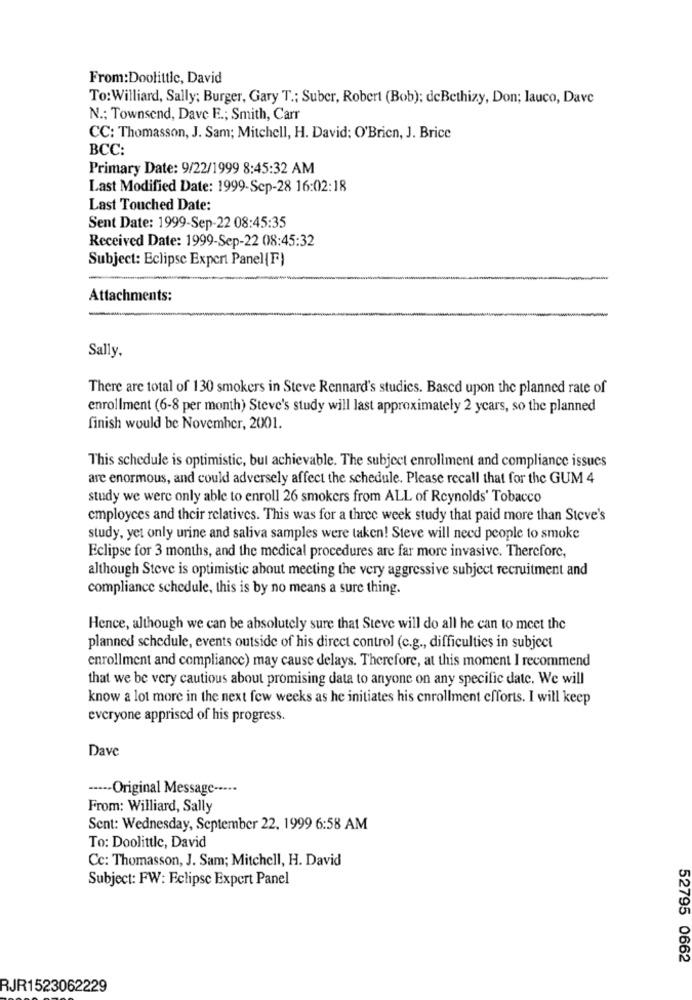
From:Doolittle, David
To: Williard, Sally; Burger, Gary T .; Suber, Robert (Bob): deBethizy, Don; lauco, Dave
N .; Townsend, Dave E .; Smith, Carr
CC: Thomasson, J. Sam; Mitchell, H. David: O'Brien, J. Brice
BCC:
Primary Date: 9/22/1999 8:45:32 AM
Last Modified Date: 1999-Sep-28 16:02:18
Last Touched Date:
Sent Date: 1999-Sep-22 08:45:35
Received Date: 1999-Sep-22 08:45:32
Subject: Eclipse Expert Panel (F)
Attachments:
Sally.
There are total of 130 smokers in Steve Rennard's studics. Based upon the planned rate of
enrollment (6-8 per month) Steve's study will last approximately 2 ycars, so the planned
finish would be November, 2001.
This schedule is optimistic, but achievable. The subject enrollment and compliance issues
are enormous, and could adversely affect the schedule. Please recall that for the GUM 4
study we were only able to enroll 26 smokers from ALL of Reynolds' Tobacco
employces and their relatives. This was for a three week study that paid more than Steve's
study, yet only urine and saliva samples were taken! Steve will need people to smoke
Eclipse for 3 months, and the medical procedures are far more invasive. Therefore,
although Steve is optimistic about meeting the very aggressive subject recruitment and
compliance schedule, this is by no means a sure thing.
Hence, although we can be absolutely sure that Steve will do all he can to meet the
planned schedule, events outside of his direct control (c.g ., difficulties in subject
enrollment and compliance) may cause delays. Therefore, at this moment I recommend
that we be very cautious about promising data to anyone on any specific date. We will
know a lot more in the next few weeks as he initiates his enrollment efforts. I will keep
everyone apprised of his progress.
Dave
----- Original Message ·····
From: Williard, Sally
Sent: Wednesday, September 22. 1999 6:58 AM
To: Doolittle, David
Cc: Thomasson, J. Sam; Mitchell, H. David
Subject: FW: Eclipse Expert Panel
52795 0662
RJR1523062229